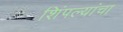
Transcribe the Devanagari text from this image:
शिंपल्यांचा